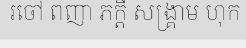
រចៅ ពញា ភក្តី សង្គ្រាម ហុក